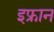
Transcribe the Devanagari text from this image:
इफ्रान